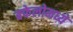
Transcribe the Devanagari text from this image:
बफेलोमध्ये